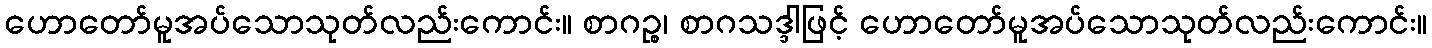
ဟောတော်မူအပ်သောသုတ်လည်းကောင်း။ စာဂဉ္စ၊ စာဂသဒ္ဒါဖြင့် ဟောတော်မူအပ်သောသုတ်လည်းကောင်း။